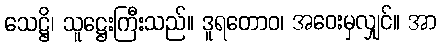
သေဋ္ဌိ၊ သူဋ္ဌေးကြီးသည်။ ဒူရတောဝ၊ အဝေးမှလျှင်။ အာ